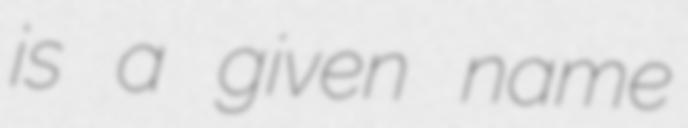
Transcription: is a given name